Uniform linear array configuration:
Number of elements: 24
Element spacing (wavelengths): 0.75
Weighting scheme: blackman
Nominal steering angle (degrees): -45
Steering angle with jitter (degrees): -43.083
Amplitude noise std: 0.05
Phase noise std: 0.05

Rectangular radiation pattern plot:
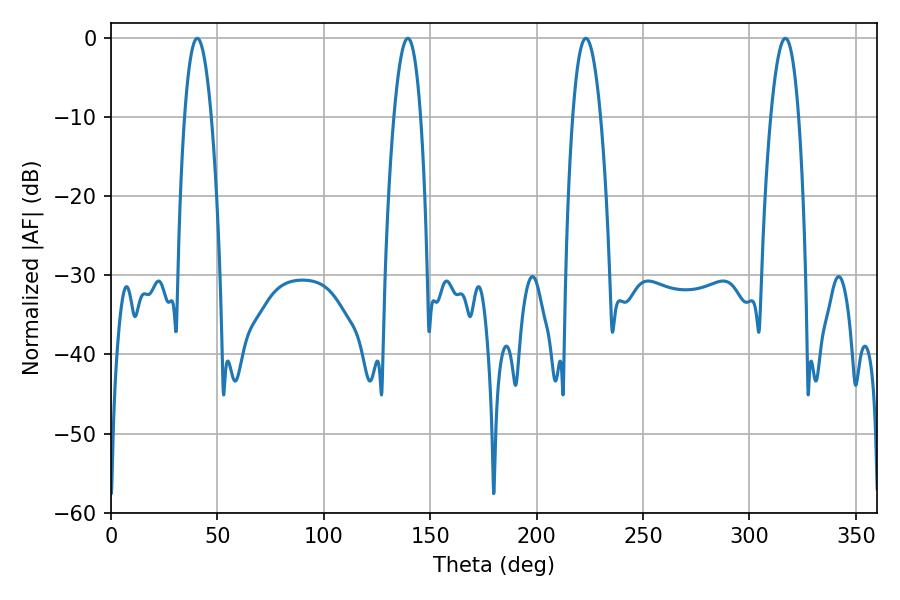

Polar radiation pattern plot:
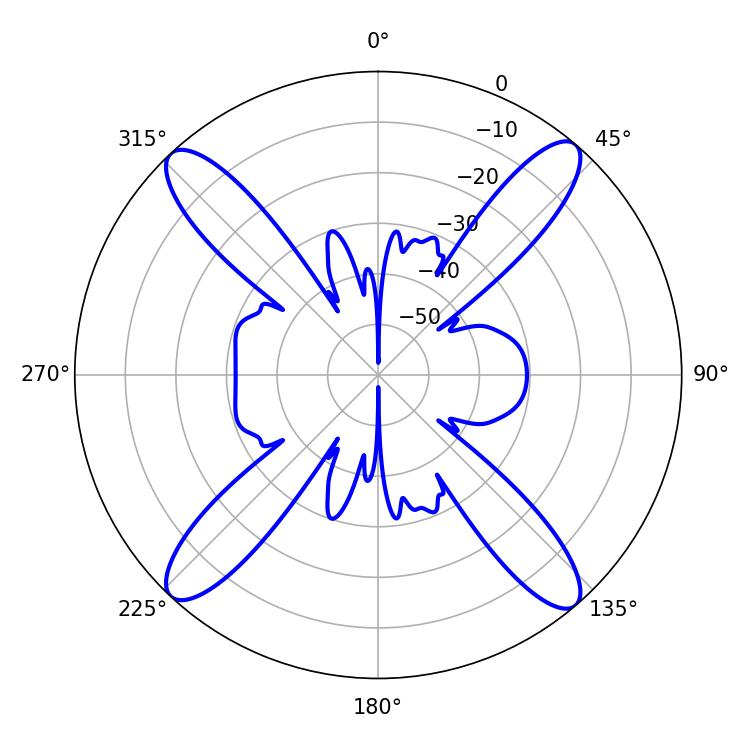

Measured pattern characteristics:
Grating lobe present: TRUE
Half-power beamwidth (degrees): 7.02
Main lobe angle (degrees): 40.5